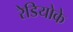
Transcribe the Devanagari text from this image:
रेडियोके